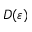
D ( \varepsilon )